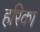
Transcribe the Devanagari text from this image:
हरिका